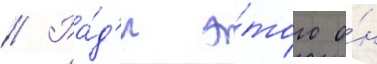
// Ра́д'и э́того о́н